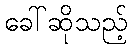
ခေါ်ဆိုသည့်